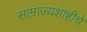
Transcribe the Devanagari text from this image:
साम्राज्यशाहीचे